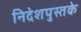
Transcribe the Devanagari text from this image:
निदेशपुस्तके